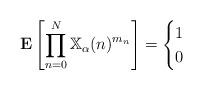
LaTeX: \begin{gather*}\mathbf{E}\left[\prod_{n=0}^{N} \mathbb{X}_\alpha(n)^{m_n}\right]=\begin{cases}1& \\0 & \end{cases}\end{gather*}